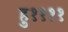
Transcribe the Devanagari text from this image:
हु११११